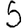
Digit: 5